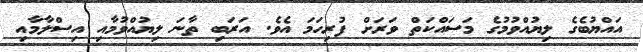
އައްޔުބެގެ ލިޔުއްވުމުގެ މަސައްކަތް ވަރަށް ފުރިހަމަ އެވެ. އަރަބި ތާނަ ލިޔުއްވުމާއި އިސްލާމާއި